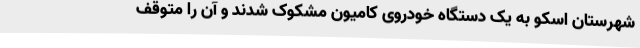
شهرستان اسکو به یک دستگاه خودروی کامیون مشکوک شدند و آن را متوقف